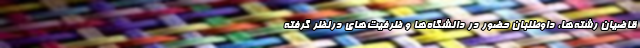
قاضیان رشته‌ها، داوطلبان حضور در دانشگاه‌ها و ظرفیت‌های درنظر گرفته